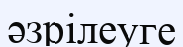
әзрілеуге